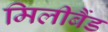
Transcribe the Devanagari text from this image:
मिलीबैंड